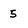
Character: 5